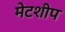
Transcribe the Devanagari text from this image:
मेटशीप